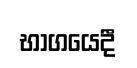
භාගයෙදී